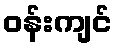
ဝန်းကျင်